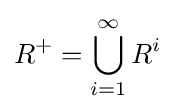
R^{+}=\bigcup _{i=1}^{\infty }R^{i}